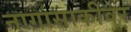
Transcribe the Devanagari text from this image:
नागासाकीवर